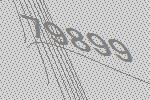
79899